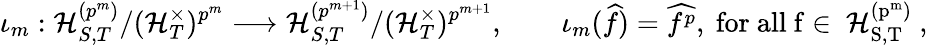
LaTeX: \iota_{m}:{\mathcal{H}_{S,T}^{(p^{m})}}/{(\mathcal{H}_{T}^{\times})^{p^{m}}}\longrightarrow{\mathcal{H}_{S,T}^{(p^{m+1})}}/{(\mathcal{H}_{T}^{\times})^{p^{m+1}}},\qquad\iota_{m}(\widehat f)=\widehat{f^{p}},\mathrm{~for~all~f\in~\mathcal{H}_{S,T}^{(p^m)}~},